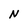
Character: N